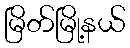
မြိတ်မြို့နယ်